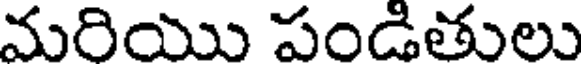
మరియు పండితులు